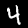
Label: 4